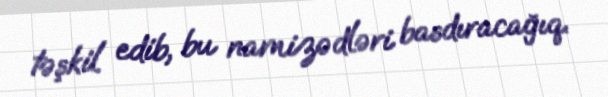
təşkil edib, bu namizədləri basdıracağıq.